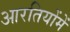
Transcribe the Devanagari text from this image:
आरतियोंमें